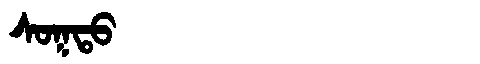
Manchu: ᠰᠣᡴᡨᠣ
Romanization: SOKTO